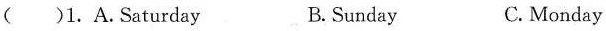
( )1. A.Saturday B.Sunday C. Monday